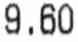
9.60